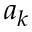
a _ { k }